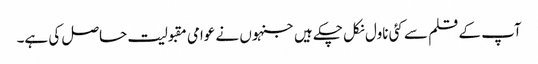
آپ کے قلم سے کئی ناول نکل چکے ہیں جنہوں نے عوامی مقبولیت حاصل کی ہے۔